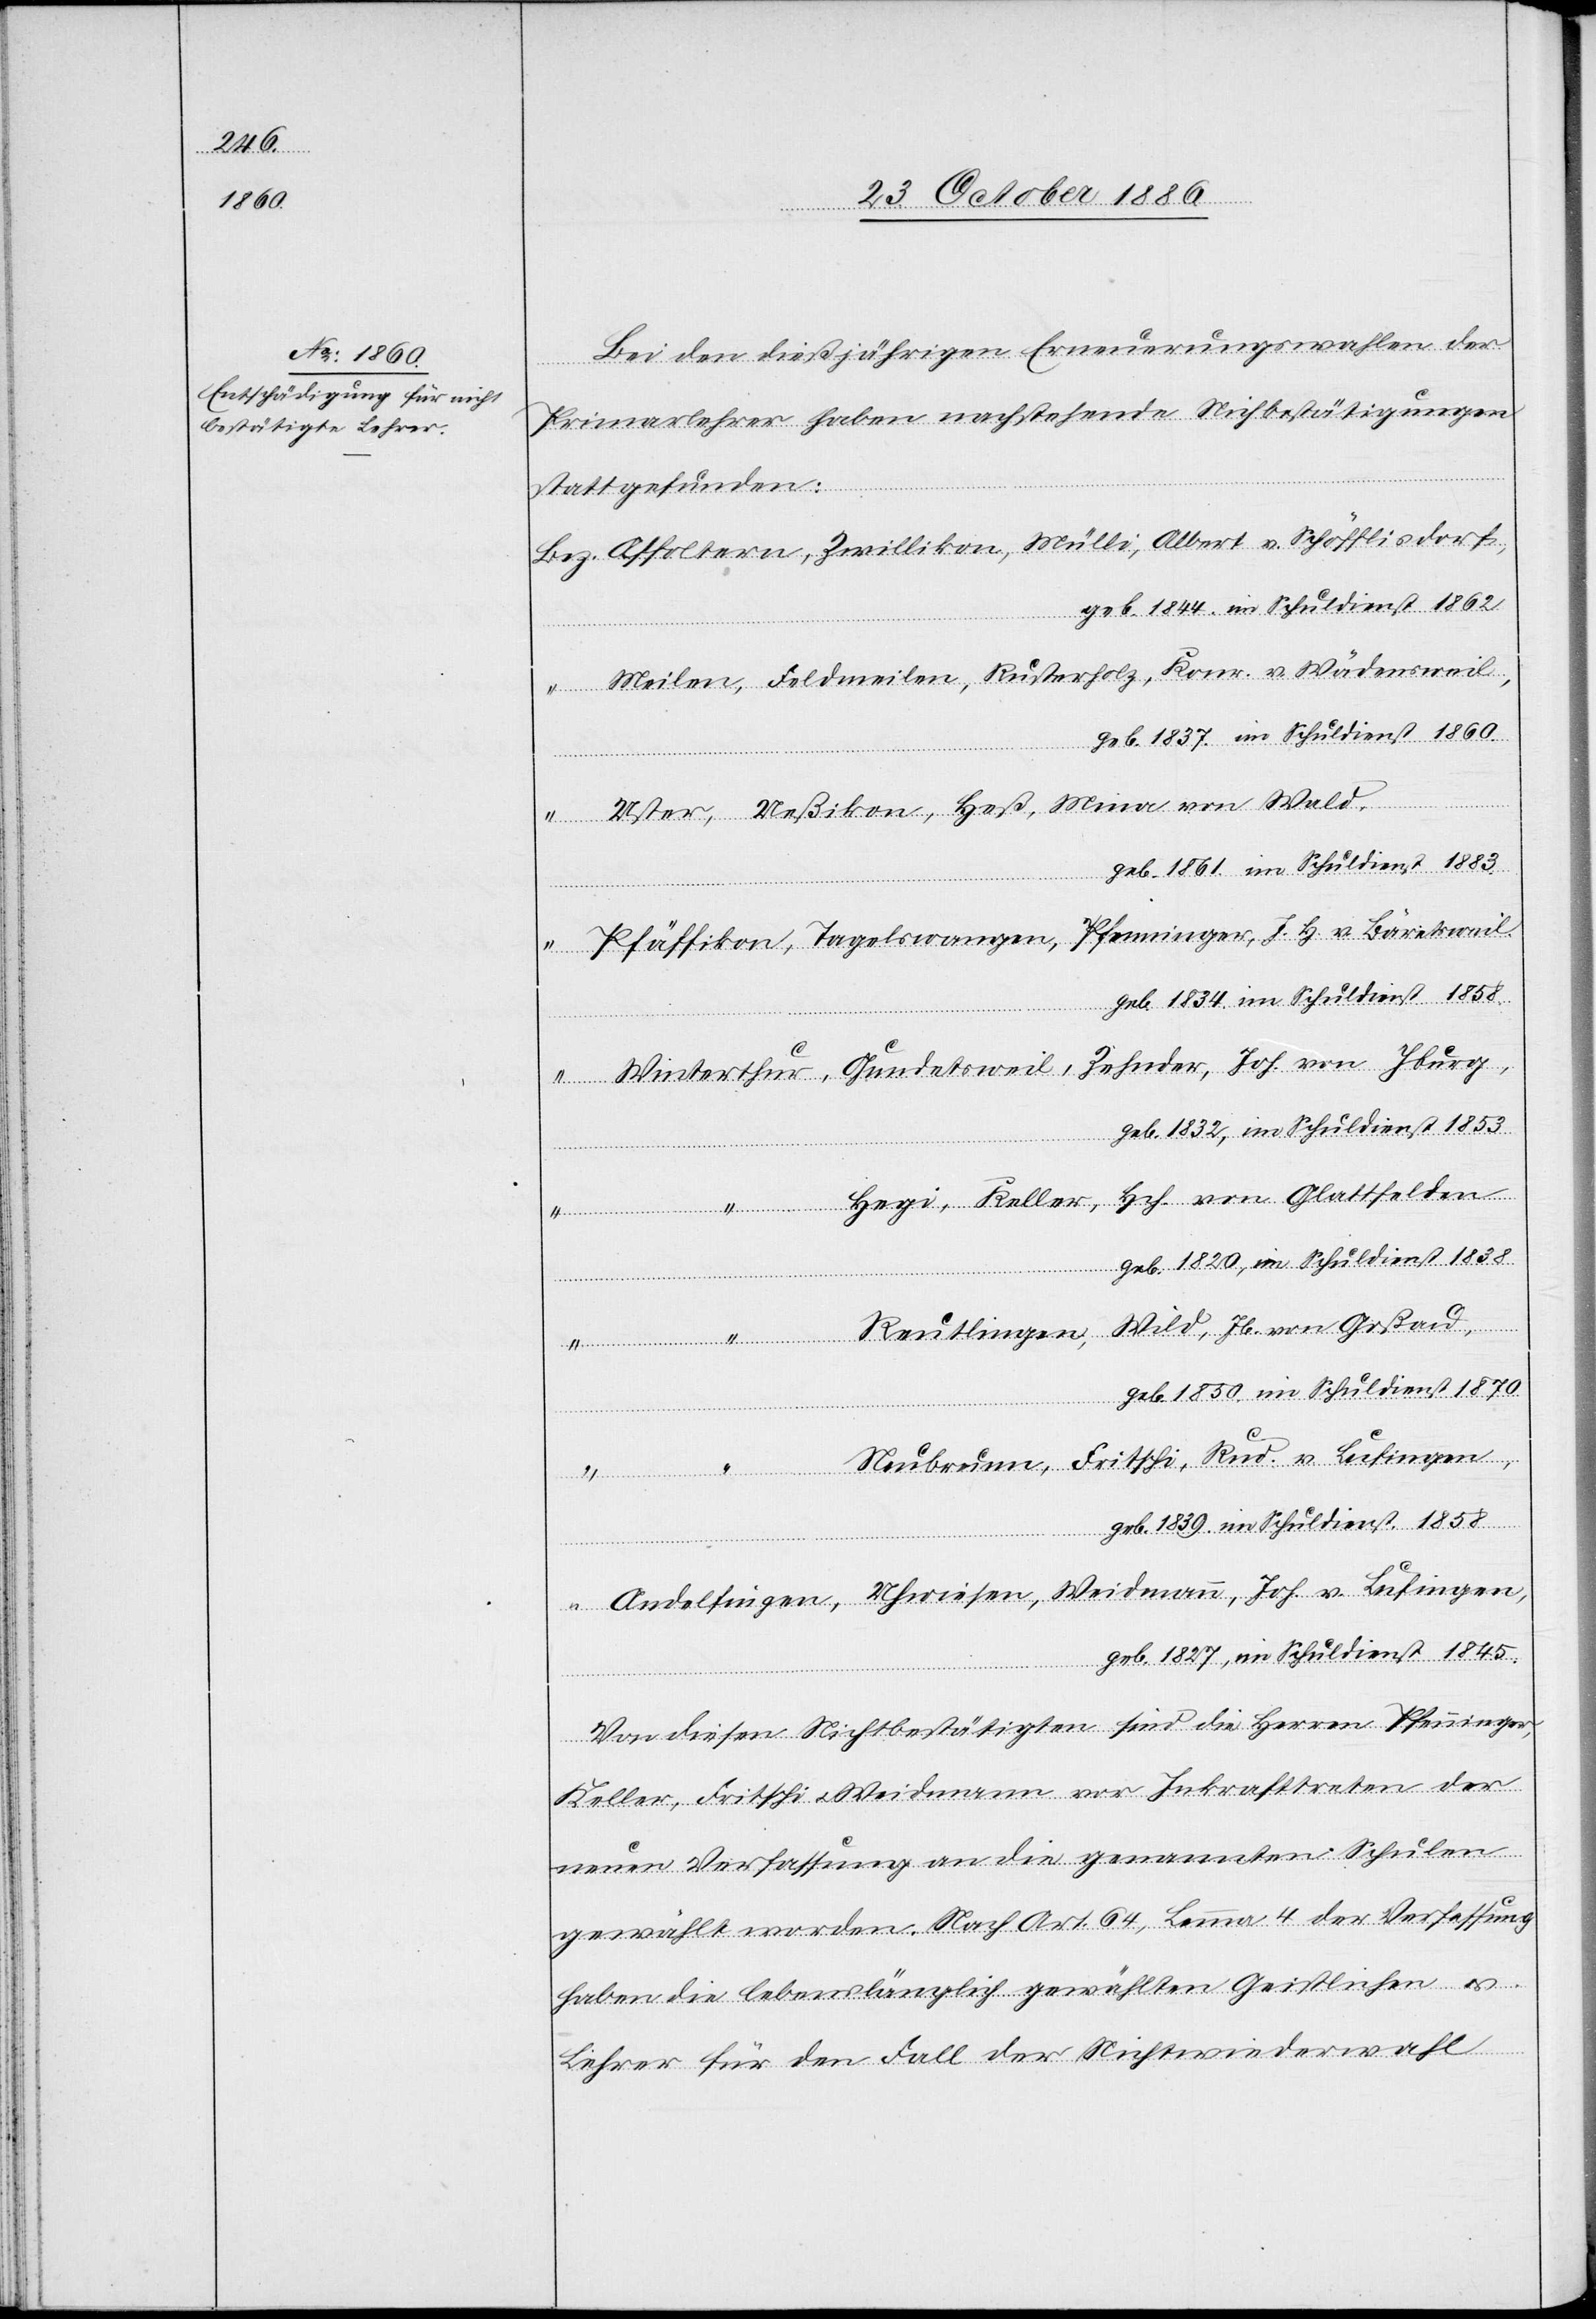
Bei den dießjährigen Erneuerungswahlen der
Primarlehrer haben nachstehende Nichtbestätigungen
stattgefunden:
Affoltern, Zwillikon, Mülli, Albert v. Schöfflisdorf,
geb. 1844, im Schuldienst 1862.
Meilen, Feldmeilen, Rusterholz, Konr. v. Wädensweil,
geb. 1837, im Schuldienst 1860.
“
Uster, Ueßikon, Heß, Mina von Wald,
Iburg,
geb. 1861, im Schuldienst 1883.
Pfäffikon, Tagelswangen, Pfenninger, J. H. v. Bäretsweil,
geb. 1834, im Schuldienst 1858.
geb. 1832, im Schuldienst 1853.
Hegi, Keller, Hch. von Glattfelden,
geb. 1820, im Schuldienst 1838.
Reutlingen, Wild, Jb. von Goßau,
geb. 1850, im Schuldienst 1870.
Neubrunn, Fritschi, Rud. v. Lufingen,
geb. 1839, im Schuldienst 1858
Andelfingen, Uhwiesen, Weidmann, Joh. v. Lufingen,
geb. 1827, im Schuldienst 1845.
Von diesen Nichtbestätigten sind die Herren Pfenninger,
Keller, Fritschi & Weidmann vor Inkrafttreten der
neuen Verfassung an die genannten Schulen
gewählt worden. Nach Art. 64, Lemma 4 der Verfassung
haben die lebenslänglich gewählten Geistlichen &
Lehrer für den Fall der Nichtwiederwahl